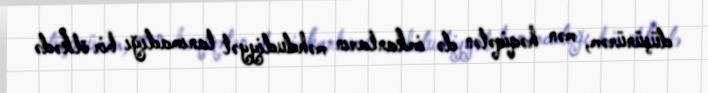
düşünürəm, mən həqiqətən də imkanların məhdudiyyət tanımadığı bir ölkədə